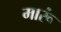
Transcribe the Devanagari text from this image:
मारूं